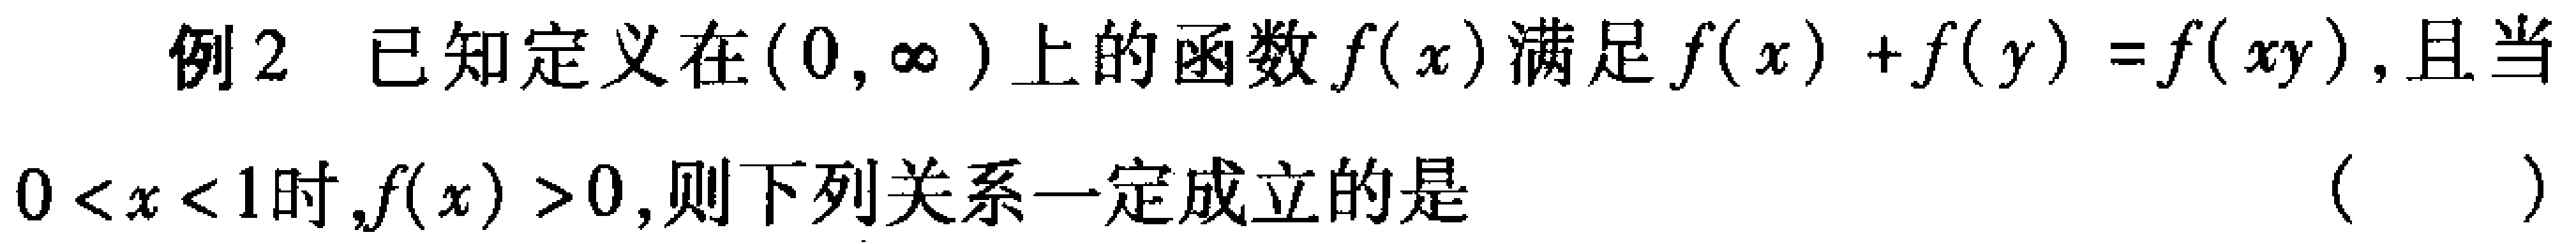
例2 已知定义在$(0, \infty)$上的函数$f(x)$满足$f(x)+f(y)=f(xy)$,且当
$0 < x < 1$时,$f(x)>0$,则下列关系一定成立的是 （  ）